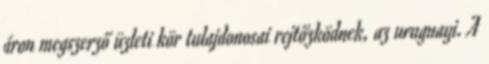
áron megszerző üzleti kör tulajdonosai rejtőzködnek, az uruguayi. A